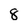
Character: 8